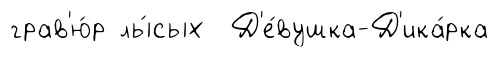
грав'ю́р лы́сых Д'е́вушка-Д'ика́рка